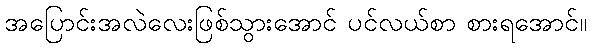
အပြောင်းအလဲလေးဖြစ်သွားအောင် ပင်လယ်စာ စားရအောင်။